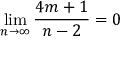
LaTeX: \operatorname* { l i m } _ { n \to \infty } { \frac { 4 m + 1 } { n - 2 } } = 0